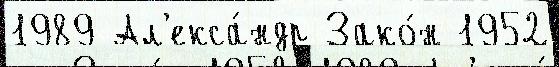
1989 Ал'екса́ндр Зако́н 1952